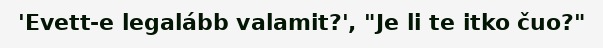
'Evett-e legalább valamit?', "Je li te itko čuo?"